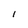
Character: 1